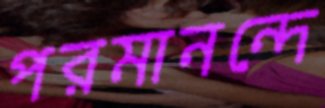
পরমানন্দে